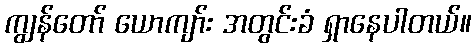
ကျွန်တော် ယောကျာ်း အတွင်းခံ ရှာနေပါတယ်။